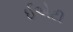
ઈએટી